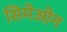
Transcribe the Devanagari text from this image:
सिमेओन